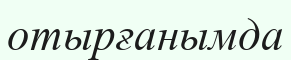
отырғанымда